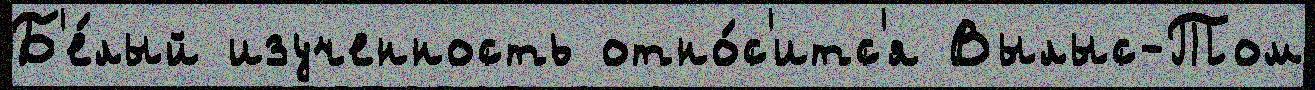
Б'е́лый изученность отно́с'итс'я Вылыс-Том